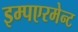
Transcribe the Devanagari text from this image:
इम्पएरमेन्ट